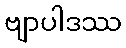
ဗျာပါဒဿ